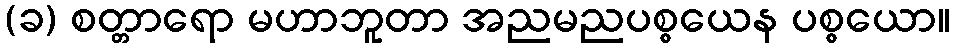
(ခ) စတ္တာရော မဟာဘူတာ အညမညပစ္စယေန ပစ္စယော။